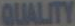
QUALITY